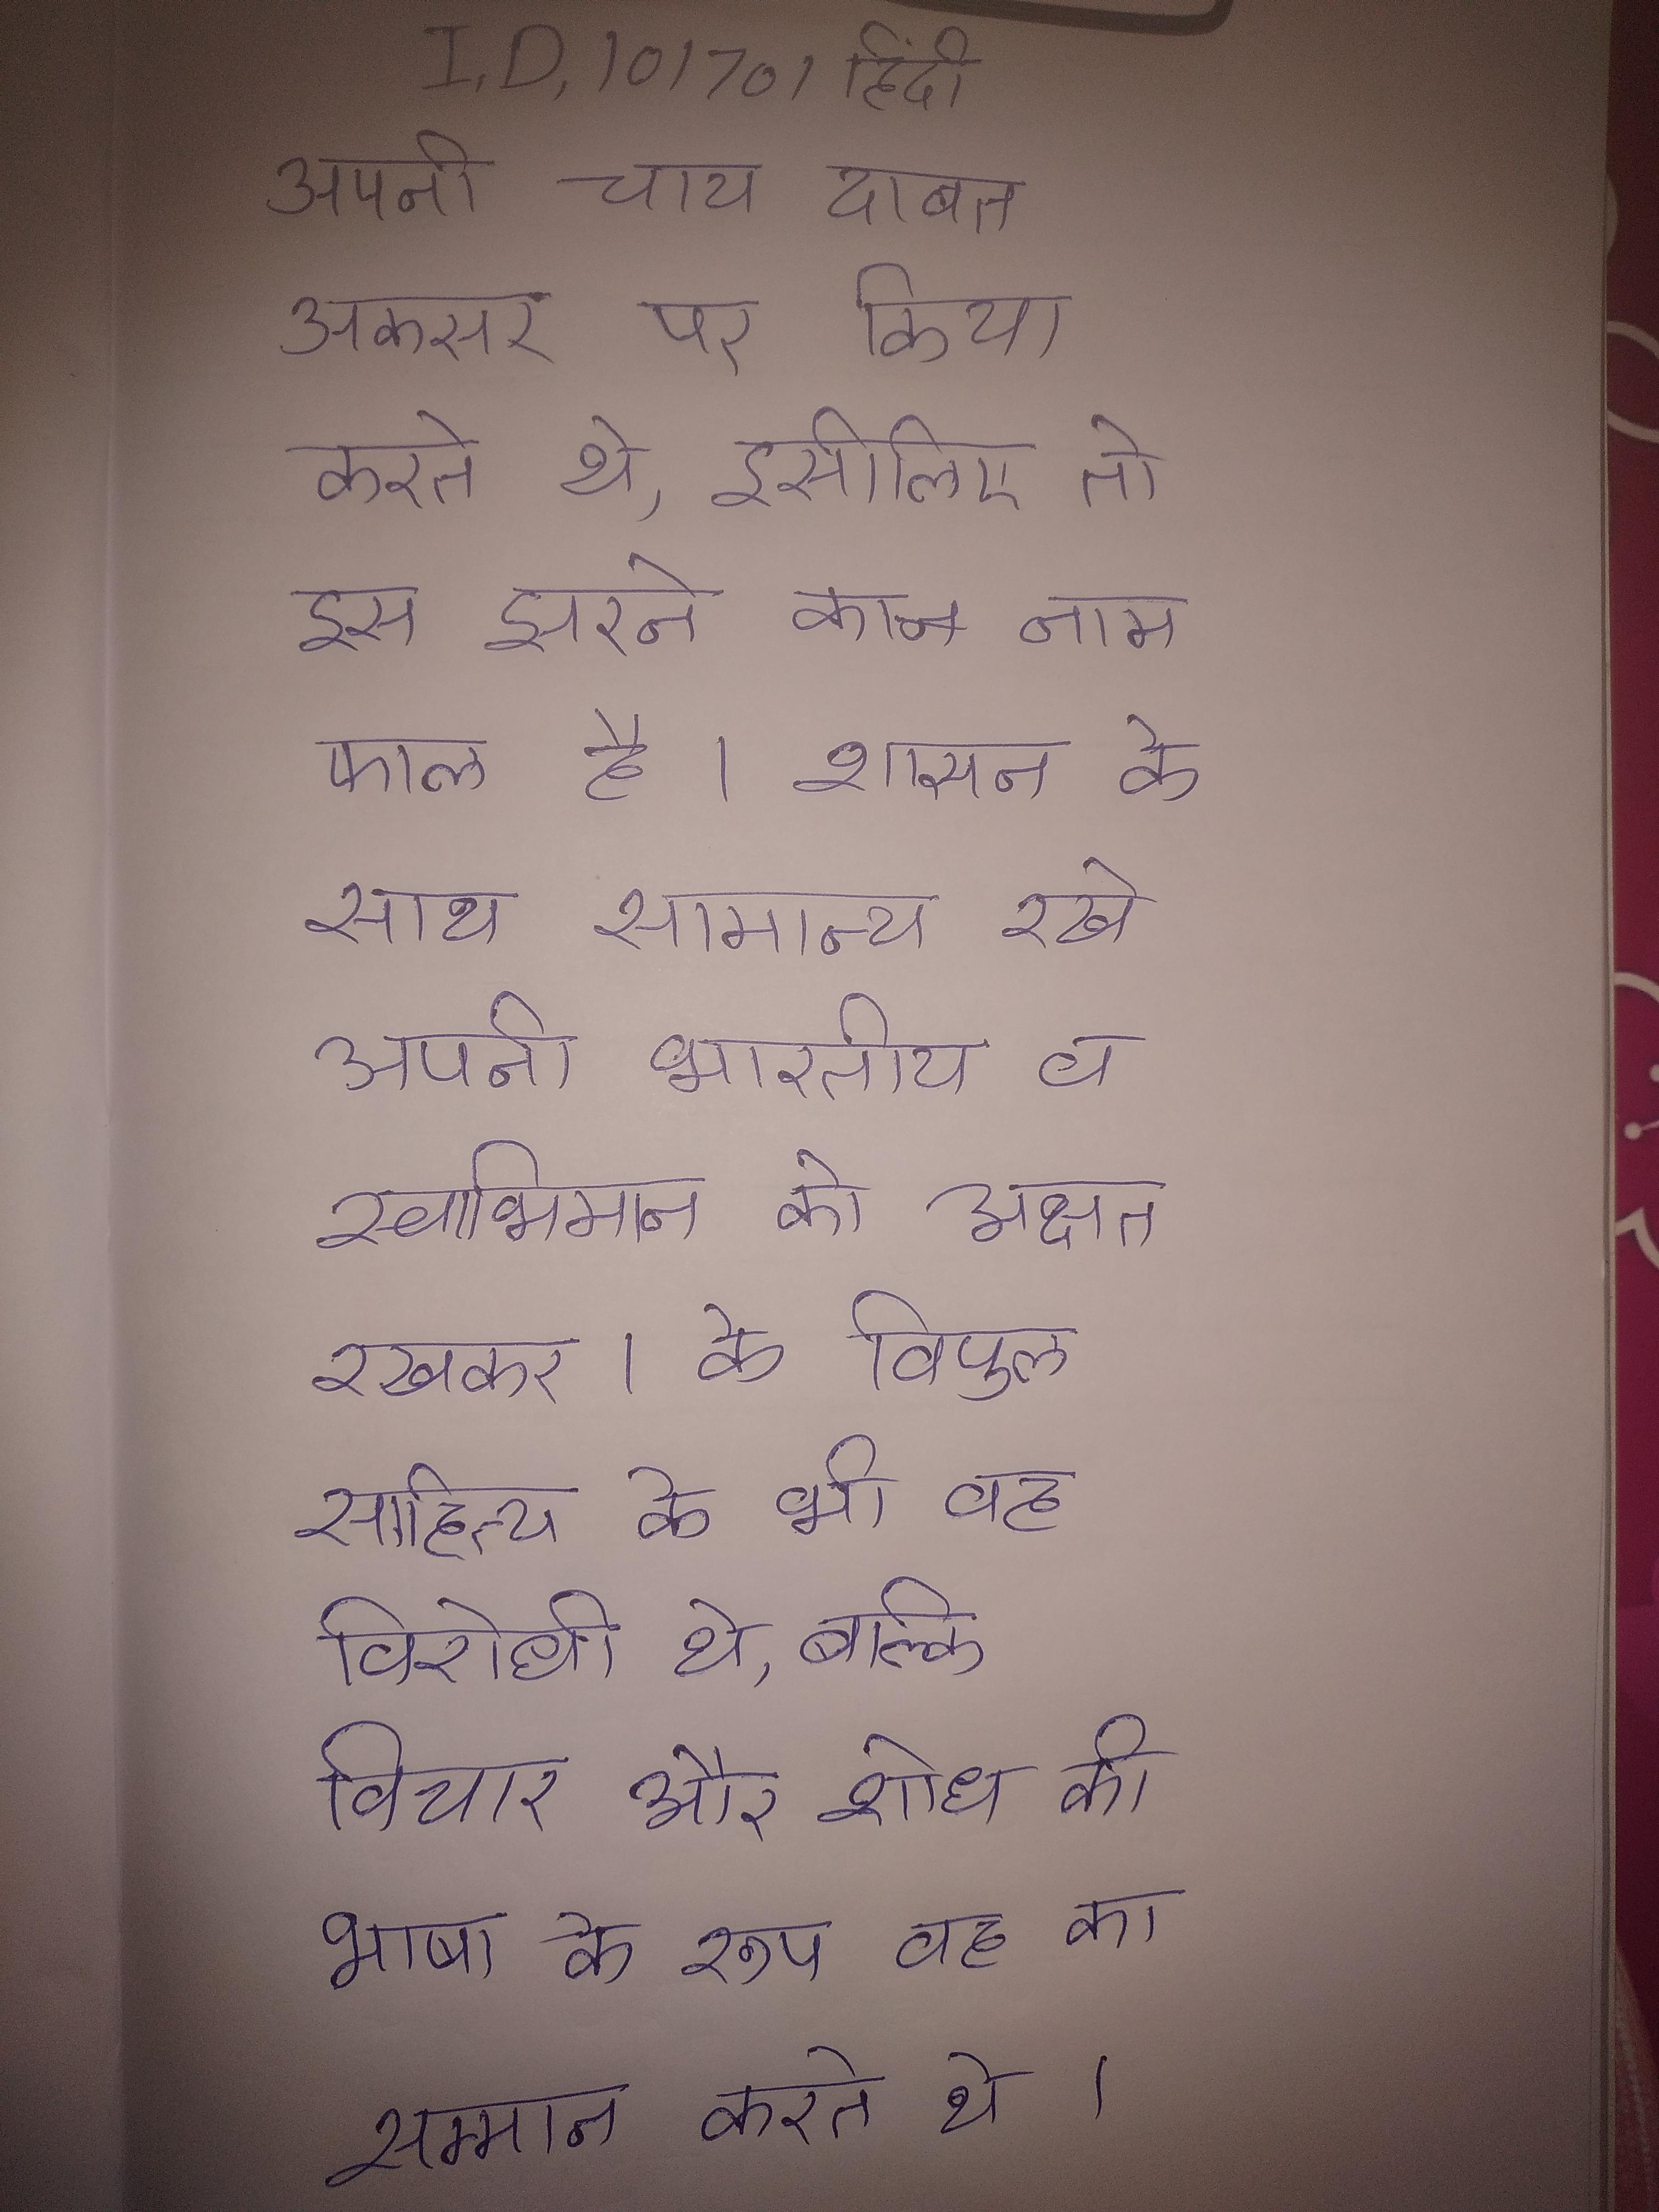
अपनी चाय दावत अकसर पर किया करते थे, इसीलिए तो इस झरने का नाम फाल है । शासन के साथ सामान्य रखे अपनी भारतीय व स्वाभिमान को अक्षत रखकर । के विपुल साहित्य के भी वह विरोधी थे, बल्कि विचार और शोध की भाषा के रूप वह का सम्मान करते थे ।